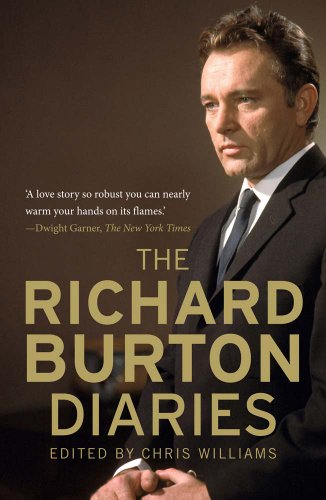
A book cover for The Richard Burton Diaries; Richard Burton; Literature & Fiction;